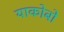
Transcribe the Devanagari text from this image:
याकोबो